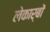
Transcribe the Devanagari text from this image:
लेकार्बों